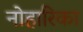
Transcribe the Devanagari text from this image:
नोहारिका